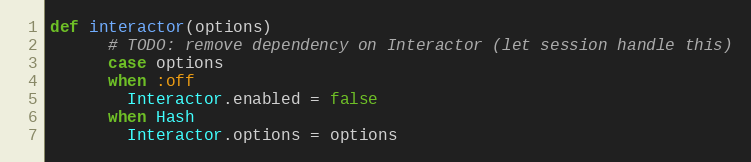
Language: Ruby
def interactor(options)
      # TODO: remove dependency on Interactor (let session handle this)
      case options
      when :off
        Interactor.enabled = false
      when Hash
        Interactor.options = options